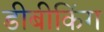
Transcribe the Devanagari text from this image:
डीबीकिंग